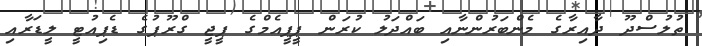
ތުލުސްދޫ ދާއިރާގެ މެންބަރުންނާއި ބައްދަލު ކުރަން ޕީޕީއެމްގެ ޕީޖީ ގްރޫޕުގެ ޑެޕިއުޓީ ލީޑަރާއި